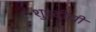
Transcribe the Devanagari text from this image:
शुध्दीची